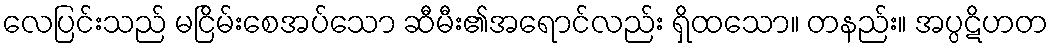
လေပြင်းသည် မငြိမ်းစေအပ်သော ဆီမီး၏အရောင်လည်း ရှိထသော။ တနည်း။ အပ္ပဋိဟတ